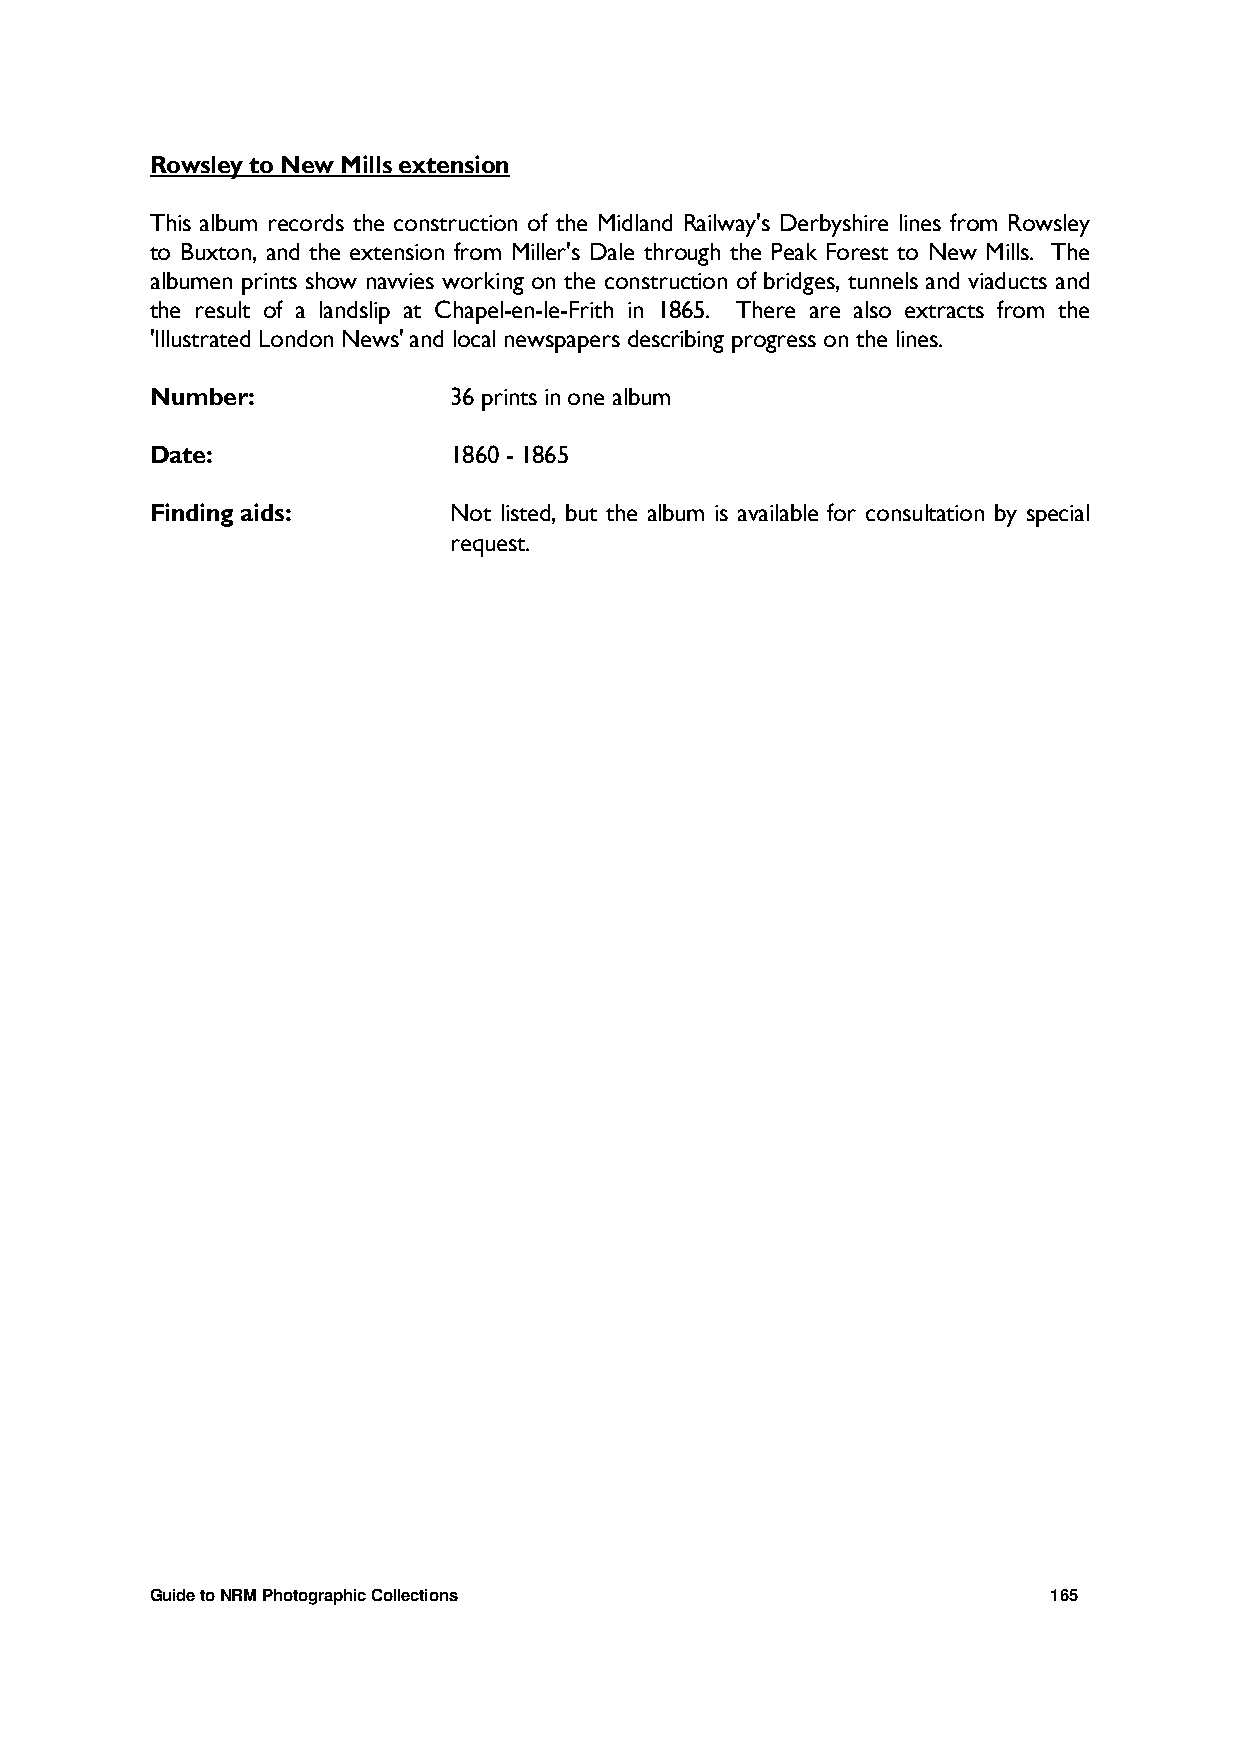
Rowsley to New Mills extension
 This album records the construction of the Midland Railway's Derbyshire lines from Rowsley
 to Buxton, and the extension from Miller's Dale through the Peak Forest to New Mills. The
 albumen prints show navvies working on the construction of bridges, tunnels and viaducts and
 the result of a landslip at Chapel-en-le-Frith in 1865. There are also extracts from the
 'Illustrated London News' and local newspapers describing progress on the lines.
 Number:             36 prints in one album
 Date:               1860 - 1865
 Finding aids:       Not listed, but the album is available for consultation by special
 request.
 Guide to NRM Photographic Collections                       165